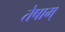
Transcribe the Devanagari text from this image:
तेषाम्